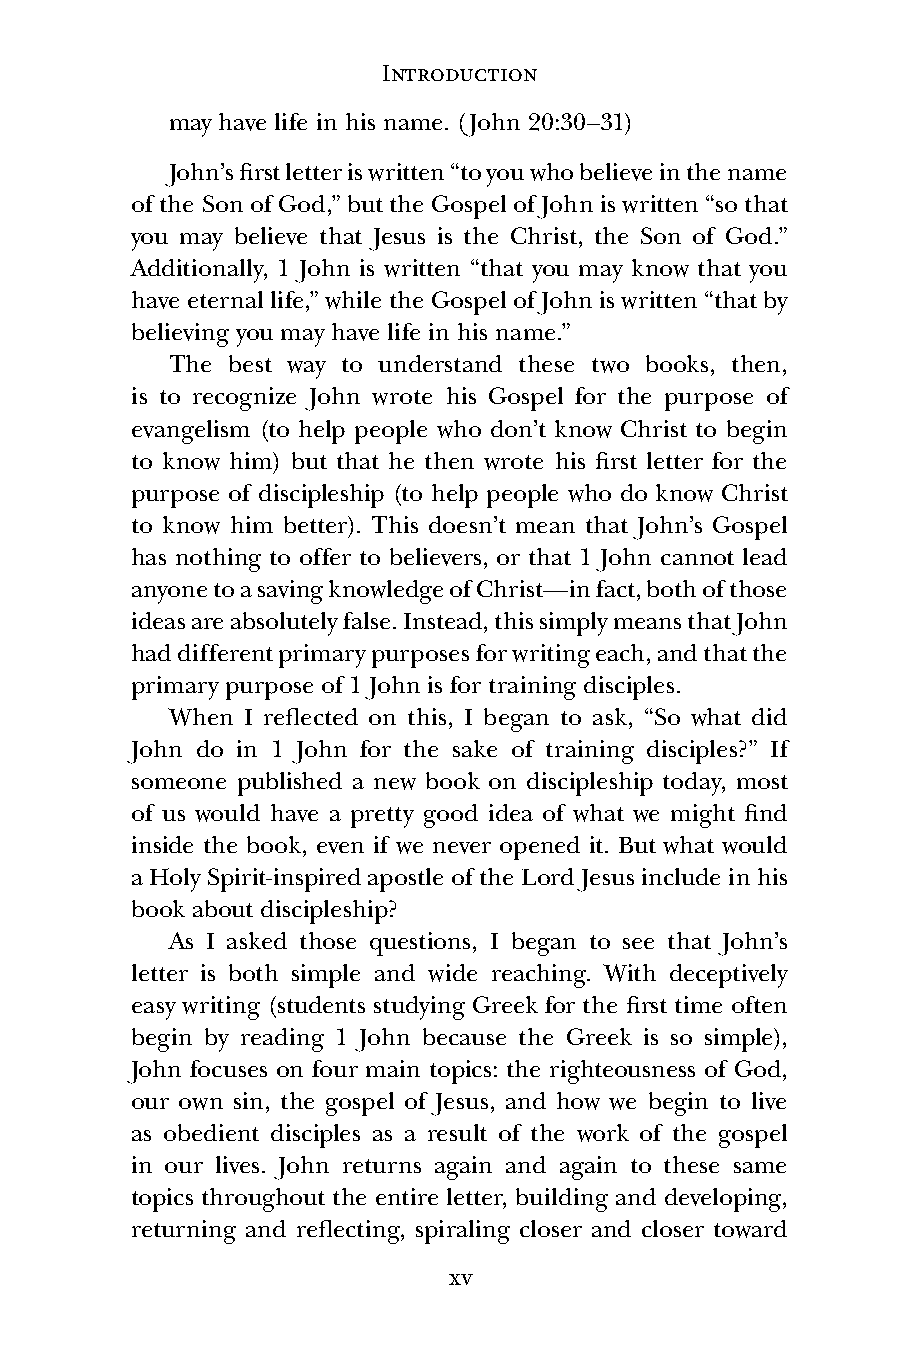
Introduction
 may have life in his name. (John 20:30–31)
 John’s first letter is written “to you who believe in the name
 of the Son of God,” but the Gospel of John is written “so that
 you may believe that Jesus is the Christ, the Son of God.”
 Additionally, 1 John is written “that you may know that you
 have eternal life,” while the Gospel of John is written “that by
 believing you may have life in his name.”
 The best way to understand these two books, then,
 is to recognize John wrote his Gospel for the purpose of
 evangelism (to help people who don’t know Christ to begin
 to know him) but that he then wrote his first letter for the
 purpose of discipleship (to help people who do know Christ
 to know him better). This doesn’t mean that John’s Gospel
 has nothing to offer to believers, or that 1 John cannot lead
 anyone to a saving knowledge of Christ—in fact, both of those
 ideas are absolutely false. Instead, this simply means that John
 had different primary purposes for writing each, and that the
 primary purpose of 1 John is for training disciples.
 When I reflected on this, I began to ask, “So what did
 John do in 1 John for the sake of training disciples?” If
 someone published a new book on discipleship today, most
 of us would have a pretty good idea of what we might find
 inside the book, even if we never opened it. But what would
 a Holy Spirit-inspired apostle of the Lord Jesus include in his
 book about discipleship?
 As I asked those questions, I began to see that John’s
 letter is both simple and wide reaching. With deceptively
 easy writing (students studying Greek for the first time often
 begin by reading 1 John because the Greek is so simple),
 John focuses on four main topics: the righteousness of God,
 our own sin, the gospel of Jesus, and how we begin to live
 as obedient disciples as a result of the work of the gospel
 in our lives. John returns again and again to these same
 topics throughout the entire letter, building and developing,
 returning and reflecting, spiraling closer and closer toward
 xv